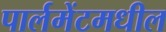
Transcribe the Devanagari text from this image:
पार्लमेंटमधील